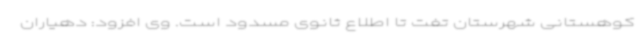
کوهستانی شهرستان تفت تا اطلاع ثانوی مسدود است. وی افزود: دهیاران